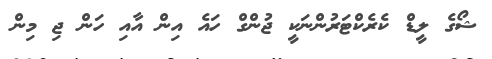
ޝޯގެ ލީޑް ކެރެކްޓަރުންނަކީ ޖުންގް ހައެ އިން އާއި ހަން ޖި މިން